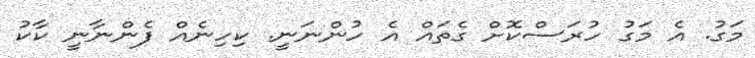
މަގު. އެ މަގު ހުރަސްކޮށް ގެތައް އެ ހުންނަނީ. ކިހިނެއް ފެންނާނީ ކާކު